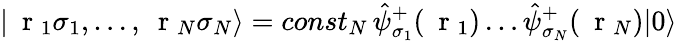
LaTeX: |\mathrm{~\mathbf~r~}_{1}\sigma_{1},\dots,\mathrm{~\mathbf~r~}_{N}\sigma_{N}\rangle=const_{N}\, \hat{\psi}_{\sigma_{1}}^{+}(\mathrm{~\mathbf~r~}_{1})\dots\hat{\psi}_{\sigma_{N}}^{+}(\mathrm{~\mathbf~r~}_{N})|0\rangle